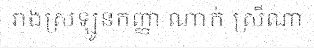
រាងស្រឡូនកញ្ញា ណាក់ ស្រីណា